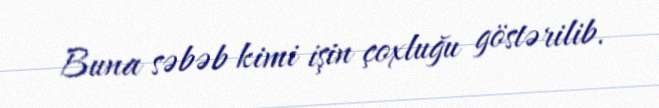
Buna səbəb kimi işin çoxluğu göstərilib.